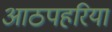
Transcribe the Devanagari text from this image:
आठपहरिया